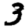
Digit: 3